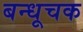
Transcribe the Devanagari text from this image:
बन्धूचक